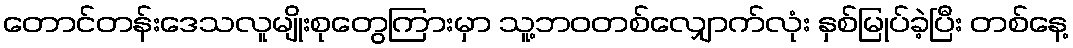
တောင်တန်းဒေသလူမျိုးစုတွေကြားမှာ သူ့ဘဝတစ်လျှောက်လုံး နှစ်မြုပ်ခဲ့ပြီး တစ်နေ့